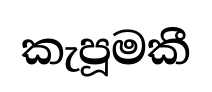
කැපූමකී